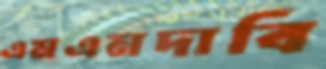
এমএনদাবি